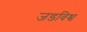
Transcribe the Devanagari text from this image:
जडविश्व